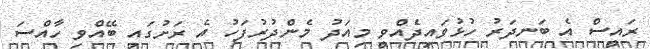
ރައީސް އެ ބަނދަރު ހުޅުވައިދެއްވީ މިއަދު މެންދުރުފަހު އެ ރަށުގައި ބޭއްވި ހާއްސަ